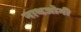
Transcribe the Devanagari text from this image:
नाथजोगी